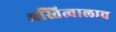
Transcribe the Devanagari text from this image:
अस्तित्वालाच